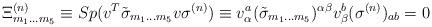
LaTeX: \begin{align*}\Xi ^{{ (n)}}_{{ m}_{{ 1}}\ldots{ m}_{{ 5}}}\equiv Sp(v^{{ T}} \tilde{\sigma }_{{ m}_{{ 1}}{\bf ...}{ m}_{{ 5}}}v\sigma ^{{ (n)}})\equiv v^{{ a}}_{\alpha }(\tilde{\sigma }_{{ m}_{{ 1}}{\bf ...}{ m}_{{ 5}}})^{\alpha \beta }v^{{ b}}_{\beta } (\sigma ^{{ (n)}})_{{ ab}} = 0\end{align*}